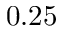
0 . 2 5